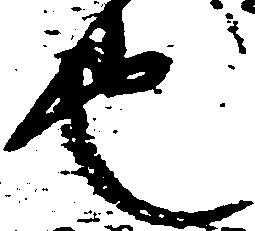
也